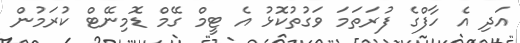
އަދި އެ ހާފްގެ ފުރަތަމަ ވަގުތުކޮޅު އެ ޓީމް ގޭމް ޑޮމިނޭޓް ކުރަމުން